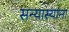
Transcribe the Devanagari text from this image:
सन्यास्यांना